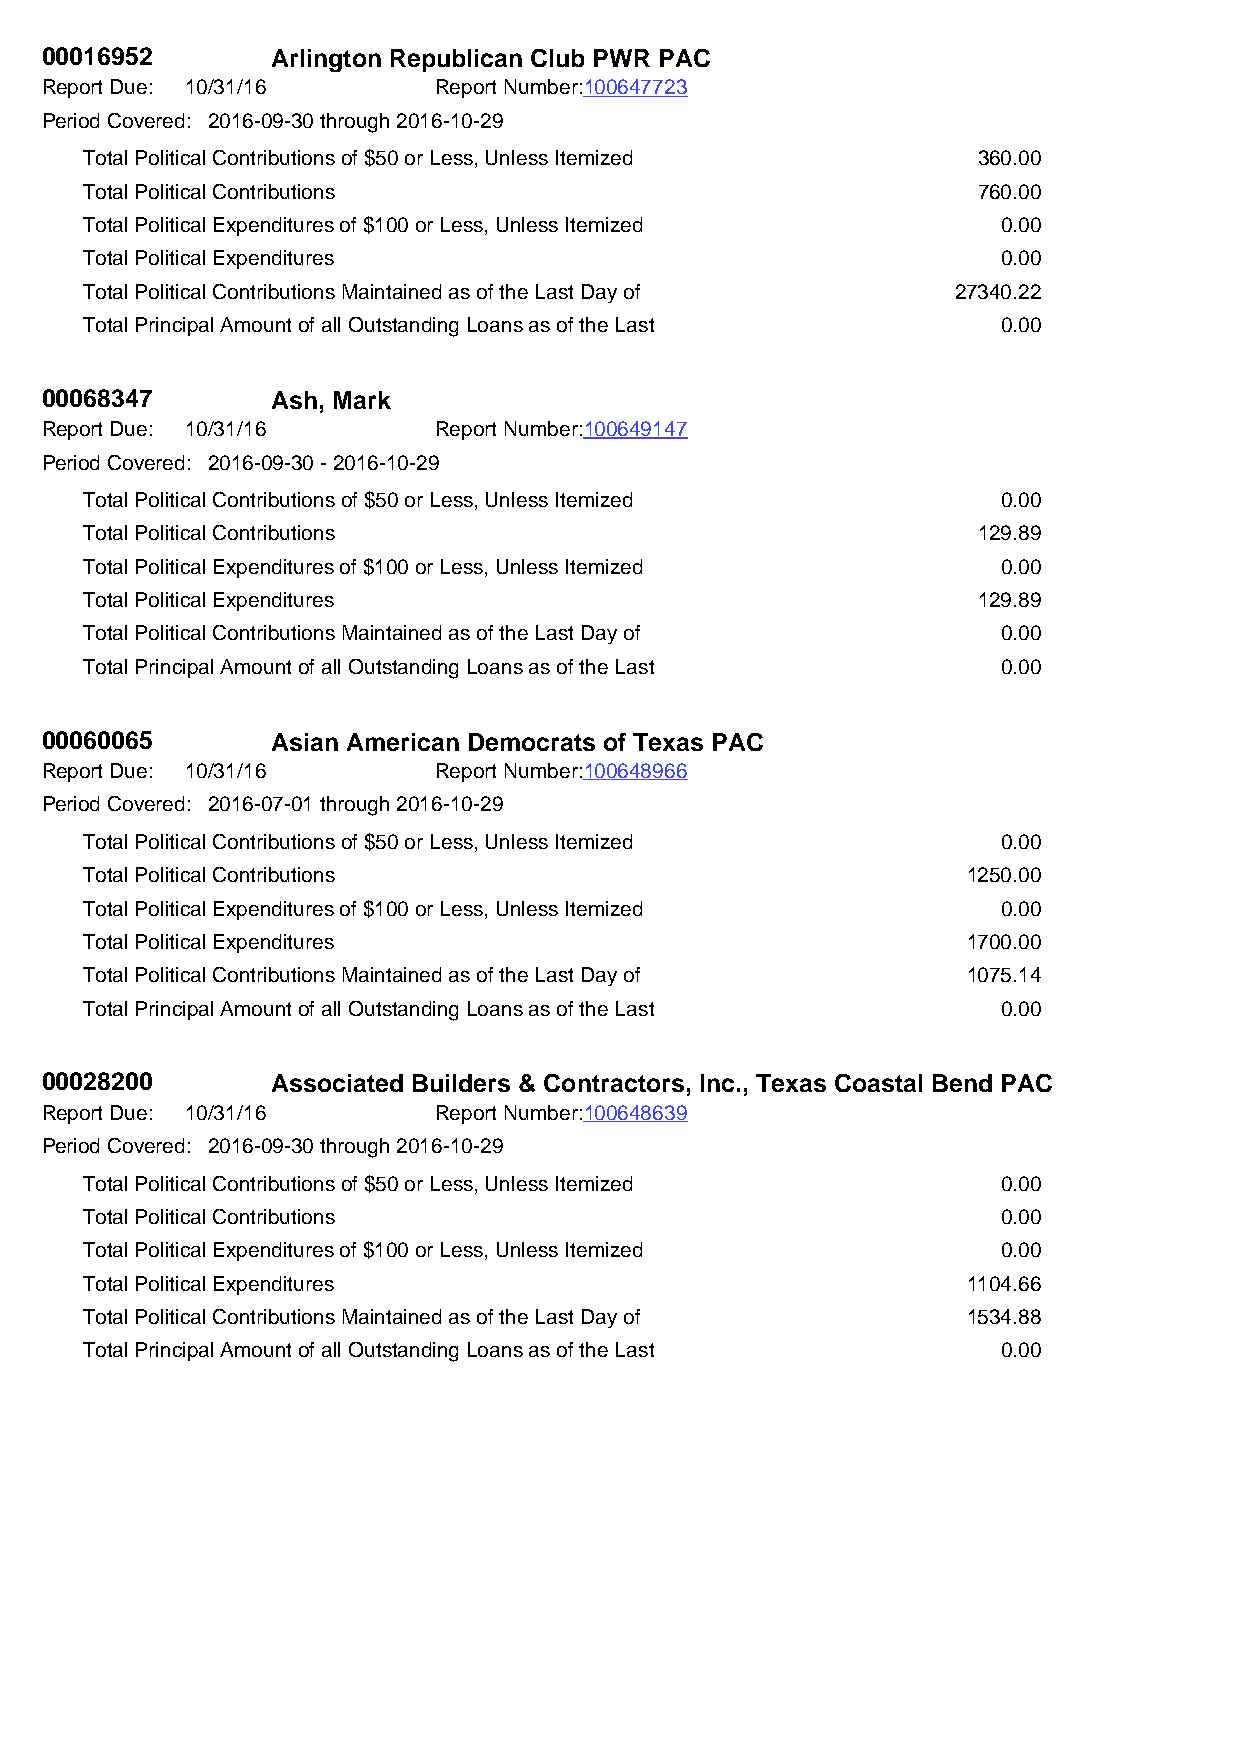
00016952       Arlington Republican Club PWR PAC
 Report Due: 10/31/16      Report Number:100647723
 Period Covered: 2016-09-30 through 2016-10-29
 Total Political Contributions of $50 or Less, Unless Itemized 360.00
 Total Political Contributions                              760.00
 Total Political Expenditures of $100 or Less, Unless Itemized 0.00
 Total Political Expenditures                                0.00
 Total Political Contributions Maintained as of the Last Day of 27340.22
 Total Principal Amount of all Outstanding Loans as of the Last 0.00
 00068347       Ash, Mark
 Report Due: 10/31/16      Report Number:100649147
 Period Covered: 2016-09-30 - 2016-10-29
 Total Political Contributions of $50 or Less, Unless Itemized 0.00
 Total Political Contributions                              129.89
 Total Political Expenditures of $100 or Less, Unless Itemized 0.00
 Total Political Expenditures                               129.89
 Total Political Contributions Maintained as of the Last Day of 0.00
 Total Principal Amount of all Outstanding Loans as of the Last 0.00
 00060065       Asian American Democrats of Texas PAC
 Report Due: 10/31/16      Report Number:100648966
 Period Covered: 2016-07-01 through 2016-10-29
 Total Political Contributions of $50 or Less, Unless Itemized 0.00
 Total Political Contributions                             1250.00
 Total Political Expenditures of $100 or Less, Unless Itemized 0.00
 Total Political Expenditures                              1700.00
 Total Political Contributions Maintained as of the Last Day of 1075.14
 Total Principal Amount of all Outstanding Loans as of the Last 0.00
 00028200       Associated Builders & Contractors, Inc., Texas Coastal Bend PAC
 Report Due: 10/31/16      Report Number:100648639
 Period Covered: 2016-09-30 through 2016-10-29
 Total Political Contributions of $50 or Less, Unless Itemized 0.00
 Total Political Contributions                               0.00
 Total Political Expenditures of $100 or Less, Unless Itemized 0.00
 Total Political Expenditures                              1104.66
 Total Political Contributions Maintained as of the Last Day of 1534.88
 Total Principal Amount of all Outstanding Loans as of the Last 0.00